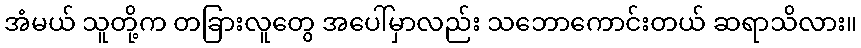
အံမယ် သူတို့က တခြားလူတွေ အပေါ်မှာလည်း သဘောကောင်းတယ် ဆရာသိလား။